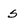
Character: 5